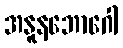
အနူနဘောဂေါ